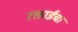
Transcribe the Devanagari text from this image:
रक्ताईचा